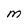
Character: m